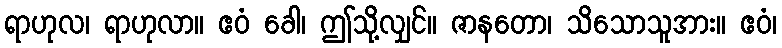
ရာဟုလ၊ ရာဟုလာ။ ဧဝံ ခေါ၊ ဤသို့လျှင်။ ဇာနတော၊ သိသောသူအား။ ဧဝံ၊